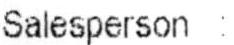
SALESPERSON :